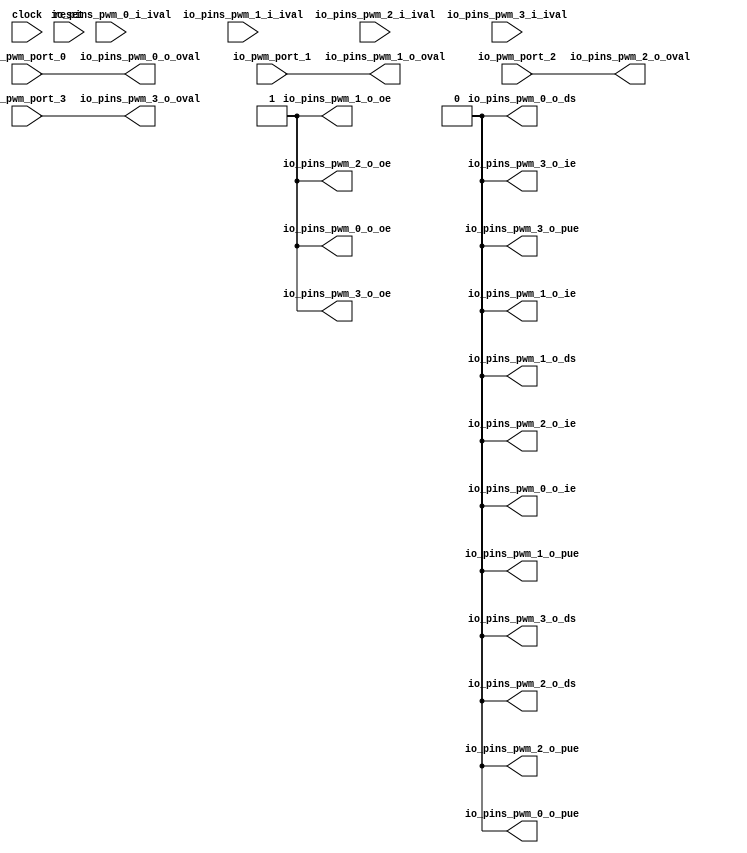
module sirv_pwmgpioport(
  input   clock,
  input   reset,
  input   io_pwm_port_0,
  input   io_pwm_port_1,
  input   io_pwm_port_2,
  input   io_pwm_port_3,
  input   io_pins_pwm_0_i_ival,
  output  io_pins_pwm_0_o_oval,
  output  io_pins_pwm_0_o_oe,
  output  io_pins_pwm_0_o_ie,
  output  io_pins_pwm_0_o_pue,
  output  io_pins_pwm_0_o_ds,
  input   io_pins_pwm_1_i_ival,
  output  io_pins_pwm_1_o_oval,
  output  io_pins_pwm_1_o_oe,
  output  io_pins_pwm_1_o_ie,
  output  io_pins_pwm_1_o_pue,
  output  io_pins_pwm_1_o_ds,
  input   io_pins_pwm_2_i_ival,
  output  io_pins_pwm_2_o_oval,
  output  io_pins_pwm_2_o_oe,
  output  io_pins_pwm_2_o_ie,
  output  io_pins_pwm_2_o_pue,
  output  io_pins_pwm_2_o_ds,
  input   io_pins_pwm_3_i_ival,
  output  io_pins_pwm_3_o_oval,
  output  io_pins_pwm_3_o_oe,
  output  io_pins_pwm_3_o_ie,
  output  io_pins_pwm_3_o_pue,
  output  io_pins_pwm_3_o_ds
);
  wire [1:0] T_108;
  wire [1:0] T_109;
  wire [3:0] T_110;
  wire  T_114;
  wire  T_115;
  wire  T_116;
  wire  T_117;
  assign io_pins_pwm_0_o_oval = T_114;
  assign io_pins_pwm_0_o_oe = 1'h1;
  assign io_pins_pwm_0_o_ie = 1'h0;
  assign io_pins_pwm_0_o_pue = 1'h0;
  assign io_pins_pwm_0_o_ds = 1'h0;
  assign io_pins_pwm_1_o_oval = T_115;
  assign io_pins_pwm_1_o_oe = 1'h1;
  assign io_pins_pwm_1_o_ie = 1'h0;
  assign io_pins_pwm_1_o_pue = 1'h0;
  assign io_pins_pwm_1_o_ds = 1'h0;
  assign io_pins_pwm_2_o_oval = T_116;
  assign io_pins_pwm_2_o_oe = 1'h1;
  assign io_pins_pwm_2_o_ie = 1'h0;
  assign io_pins_pwm_2_o_pue = 1'h0;
  assign io_pins_pwm_2_o_ds = 1'h0;
  assign io_pins_pwm_3_o_oval = T_117;
  assign io_pins_pwm_3_o_oe = 1'h1;
  assign io_pins_pwm_3_o_ie = 1'h0;
  assign io_pins_pwm_3_o_pue = 1'h0;
  assign io_pins_pwm_3_o_ds = 1'h0;
  assign T_108 = {io_pwm_port_1,io_pwm_port_0};
  assign T_109 = {io_pwm_port_3,io_pwm_port_2};
  assign T_110 = {T_109,T_108};
  assign T_114 = T_110[0];
  assign T_115 = T_110[1];
  assign T_116 = T_110[2];
  assign T_117 = T_110[3];
endmodule